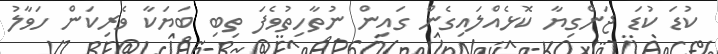
ކުޑަ ކުޑަ ޖަންގިޔާ ކޮޅެއްލައިގެން ގައިން ނުތާހިތުވެފަ ތިބި ބަޔަކާ ވެރިކަން ހަވާލު